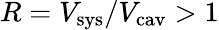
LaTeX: R=V_{\mathrm{sys}}/V_{\mathrm{cav}}>1